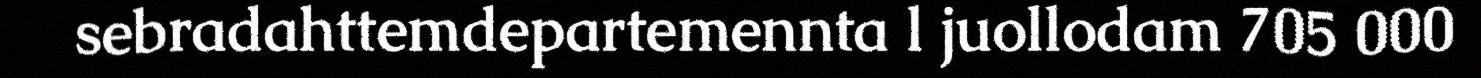
sebradahttemdepartemennta l juollodam 705 000